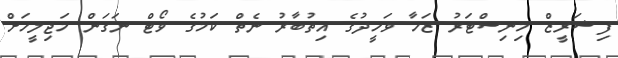
ފިޝަރީޒް މިނިސްޓަރު ޒަހާ ވަހީދުގެ އިތުބާރު ނެތް ކަމުގެ ވޯޓް ނަގަން މަޖިލީހަށް